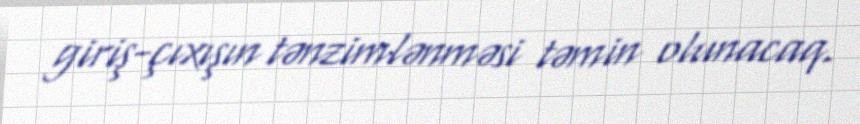
giriş-çıxışın tənzimlənməsi təmin olunacaq.